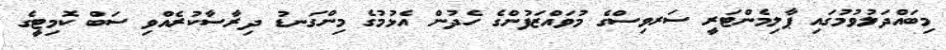
މިބައްދަލުވުމުގައި ޕާލިމެންޓަރީ ސަރވިސްގެ މުވައްޒަފުންގެ ހެދުން އެޅުމުގެ މިންގަނޑު ދިރާސާކުރެއްވި ސަބް ކޮމިޓީގެ